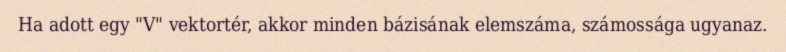
Ha adott egy "V" vektortér, akkor minden bázisának elemszáma, számossága ugyanaz.